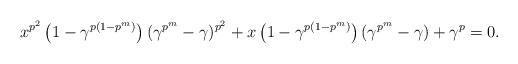
LaTeX: \begin{align*}x^{p^2} \left(1-\gamma^{p(1-p^m)} \right) (\gamma^{p^m}-\gamma)^{p^2}+x \left(1-\gamma^{p(1-p^m)} \right)(\gamma^{p^m}-\gamma)+\gamma^p=0.\end{align*}